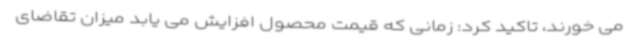
می خورند، تاکید کرد: زمانی که قیمت محصول افزایش می یابد میزان تقاضای